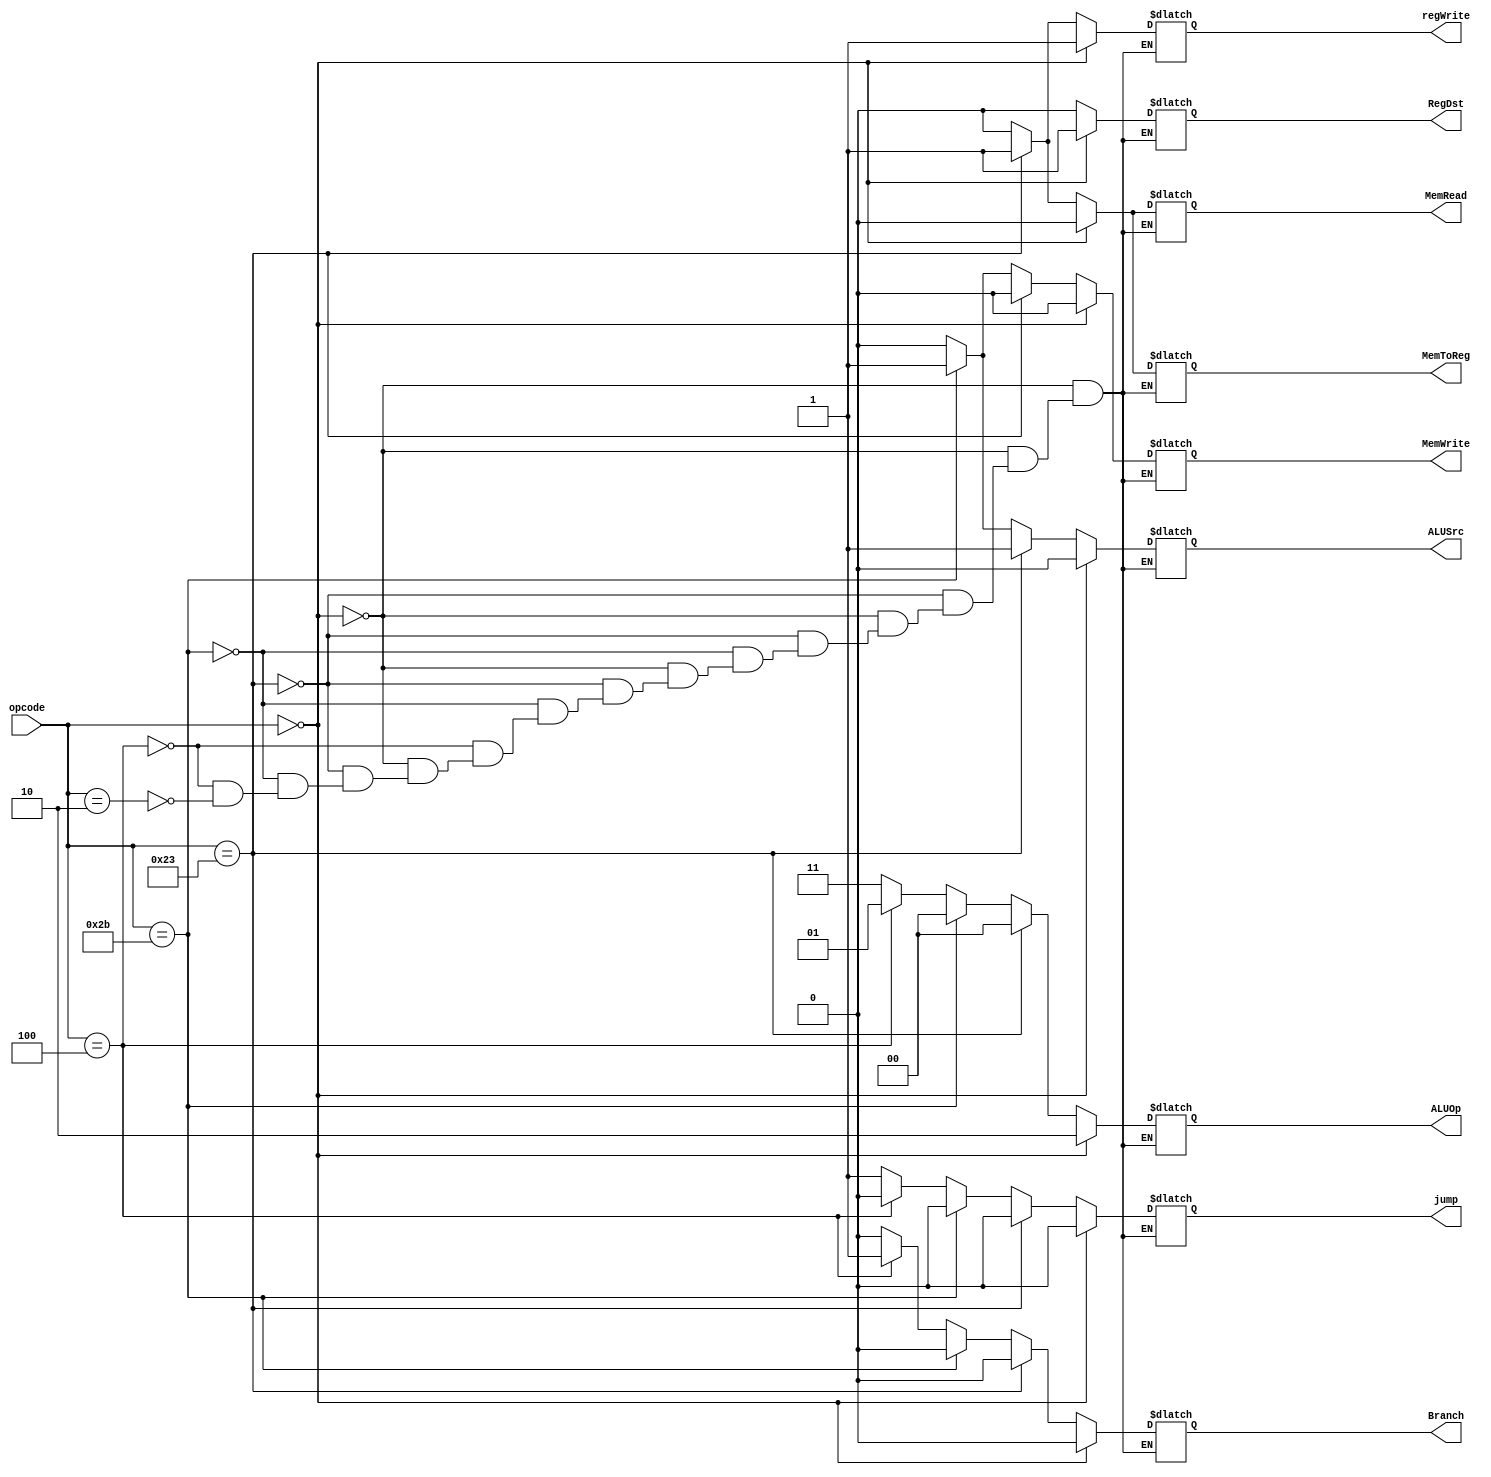
module control (opcode, RegDst, ALUSrc, MemToReg, regWrite, MemRead, MemWrite, Branch, jump, ALUOp); 

  input [5:0] opcode;
  output reg RegDst;
  output reg ALUSrc;
  output reg MemToReg;
  output reg regWrite;
  output reg MemRead;
  output reg MemWrite;
  output reg Branch;
  output reg jump;
  output reg [1:0] ALUOp;

always @(opcode) begin
// tipo R
  if(opcode == 6'b000000) begin
    RegDst = 1;
    ALUSrc = 0;
    MemToReg = 0;
    regWrite = 1;
    MemRead = 0;
    MemWrite = 0;
    Branch = 0;
    jump = 0;
    ALUOp = 2'b10;
  end

    // Tipo LW
  else if(opcode == 6'b100011) begin
    RegDst = 0;
    ALUSrc = 1;
    MemToReg = 1;
    regWrite = 1;
    MemRead = 1;
    MemWrite = 0;
    Branch = 0;
    jump = 0;
    ALUOp = 2'b00;
  end
  
    // TIPO SW
  else if(opcode == 6'b101011) begin
    RegDst = 0;
    ALUSrc = 1;
    MemToReg = 0;
    regWrite = 0;
    MemRead = 0;
    MemWrite = 1;
    Branch = 0;
    jump = 0;
    ALUOp = 2'b00;
  end
  
    //BEQ
  else if(opcode == 6'b000100) begin
    RegDst = 0;
    ALUSrc = 0;
    MemToReg = 0;
    regWrite = 0;
    MemRead = 0;
    MemWrite = 0;
    Branch = 1;
    jump = 0;
    ALUOp = 2'b01;
  end
  
    //JUMP
  else if(opcode == 6'b	000010) begin
  RegDst = 0;
  ALUSrc = 0;
  MemToReg = 0;
  regWrite = 0;
  MemWrite = 0;
  MemRead = 0;
  Branch = 0;
  jump = 1;
  ALUOp = 2'b11;
  end
  
end
endmodule